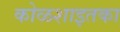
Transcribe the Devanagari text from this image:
कोळशाइतका